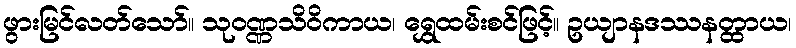
ဖွားမြင်လတ်သော်။ သုဝဏ္ဏသိဝိကာယ၊ ရွှေထမ်းစင်ဖြင့်။ ဥယျာနဒဿနတ္ထာယ၊